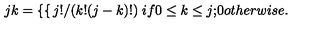
{ \binom { j } { k } } = \left\{ \begin{cases} { j ! / ( k ! ( j - k ) ! ) } & { i f 0 \le k \le j ; } \\ { 0 } & { o t h e r w i s e . } \\ \end{cases} \right.